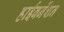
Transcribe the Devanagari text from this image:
हाईबर्नेशन